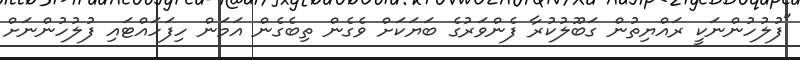
"ފުލުހުންނަކީ ރައްޔިތުން ގަބޫލުކުރާ ފެންވަރުގެ ބަޔަކަށް ވެގެން ތިބެގެން އަމަން ހިފަހައްޓައި ފުލުހުންނަށް